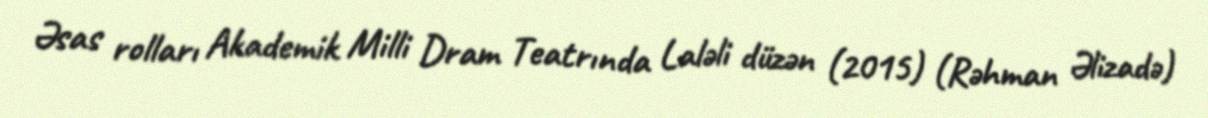
Əsas rolları Akademik Milli Dram Teatrında Laləli düzən (2015) (Rəhman Əlizadə)